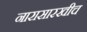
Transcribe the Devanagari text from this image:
नारासारखीच